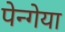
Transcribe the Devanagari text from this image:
पेन्गेया